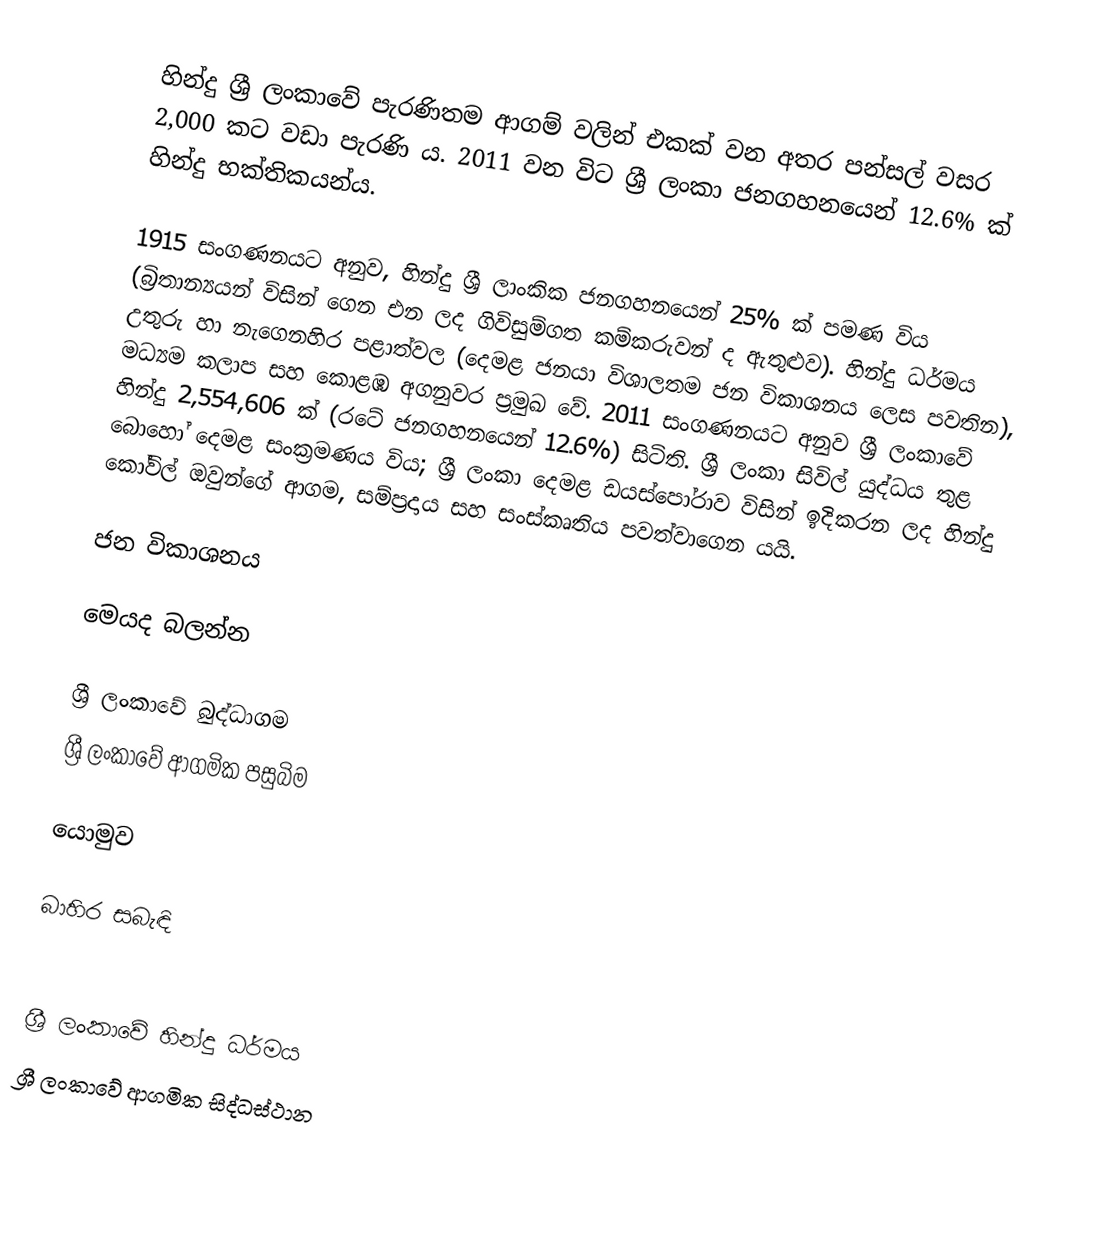
හින්දු ශ්‍රී ලංකාවේ පැරණිතම ආගම් වලින් එකක් වන අතර පන්සල් වසර 2,000 කට වඩා පැරණි ය. 2011 වන විට ශ්‍රී ලංකා ජනගහනයෙන් 12.6% ක් හින්දු භක්තිකයන්ය.

1915 සංගණනයට අනුව, හින්දු ශ්‍රී ලාංකික ජනගහනයෙන් 25% ක් පමණ විය (බ්‍රිතාන්‍යයන් විසින් ගෙන එන ලද ගිවිසුම්ගත කම්කරුවන් ද ඇතුළුව). හින්දු ධර්මය උතුරු හා නැගෙනහිර පළාත්වල (දෙමළ ජනයා විශාලතම ජන විකාශනය ලෙස පවතින), මධ්‍යම කලාප සහ කොළඹ අගනුවර ප්‍රමුඛ වේ. 2011 සංගණනයට අනුව ශ්‍රී ලංකාවේ හින්දු 2,554,606 ක් (රටේ ජනගහනයෙන් 12.6%) සිටිති. ශ්‍රී ලංකා සිවිල් යුද්ධය තුළ බොහෝ දෙමළ සංක්‍රමණය විය; ශ්‍රී ලංකා දෙමළ ඩයස්පෝරාව විසින් ඉදිකරන ලද හින්දු කෝවිල් ඔවුන්ගේ ආගම, සම්ප්‍රදාය සහ සංස්කෘතිය පවත්වාගෙන යයි.

ජන විකාශනය

මෙයද බලන්න

 ශ්‍රී ලංකාවේ බුද්ධාගම
 ශ්‍රී ලංකාවේ ආගමික පසුබිම

යොමුව

බාහිර සබැඳි

ශ්‍රී ලංකාවේ හින්දු ධර්මය
ශ්‍රී ලංකාවේ ආගමික සිද්ධස්ථාන